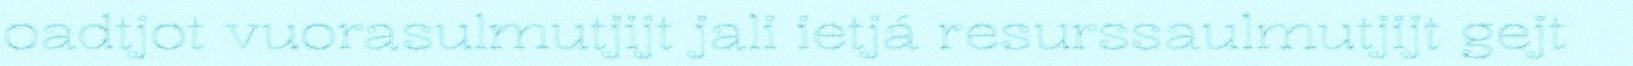
oadtjot vuorasulmutjijt jali ietjá resurssaulmutjijt gejt